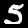
Label: 5